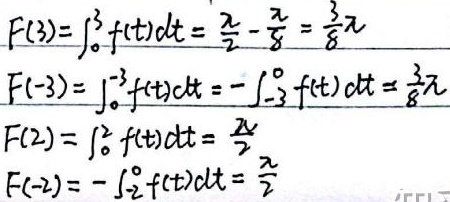
\[
\begin{align*}
F(3)&=\int_{0}^{3}f(t)dt=\frac{\pi}{2}-\frac{\pi}{8}=\frac{3}{8}\pi\\
F(-3)&=\int_{0}^{-3}f(t)dt=-\int_{-3}^{0}f(t)dt=\frac{3}{8}\pi\\
F(2)&=\int_{0}^{2}f(t)dt=\frac{\pi}{2}\\
F(-2)&=-\int_{0}^{-2}f(t)dt=\frac{\pi}{2}
\end{align*}
\]